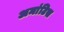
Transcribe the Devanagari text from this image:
अमांटिस